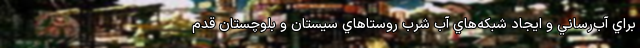
براي آب‌رساني و ايجاد شبكه‌هاي آب شرب روستاهاي سيستان و بلوچستان قدم